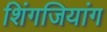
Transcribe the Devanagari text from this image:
शिंगजियांग